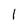
Character: 1